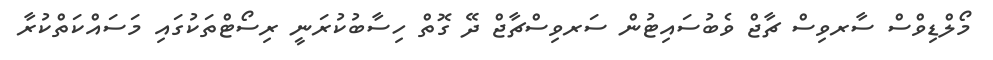
މޯލްޑިވްސް ސާރވިސް ޗާޖް ވެބުސައިޓުން ސަރވިސްޗާޖް ދޭ ގޮތް ހިސާބުކުރަނީ ރިސޯޓްތަކުގައި މަސައްކަތްކުރާ